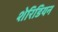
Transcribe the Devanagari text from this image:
शेरिडियन